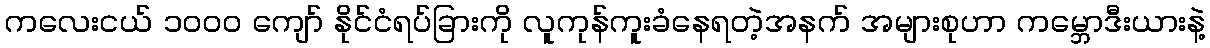
ကလေးငယ် ၁၀၀၀ ကျော် နိုင်ငံရပ်ခြားကို လူကုန်ကူးခံနေရတဲ့အနက် အများစုဟာ ကမ္ဘောဒီးယားနဲ့